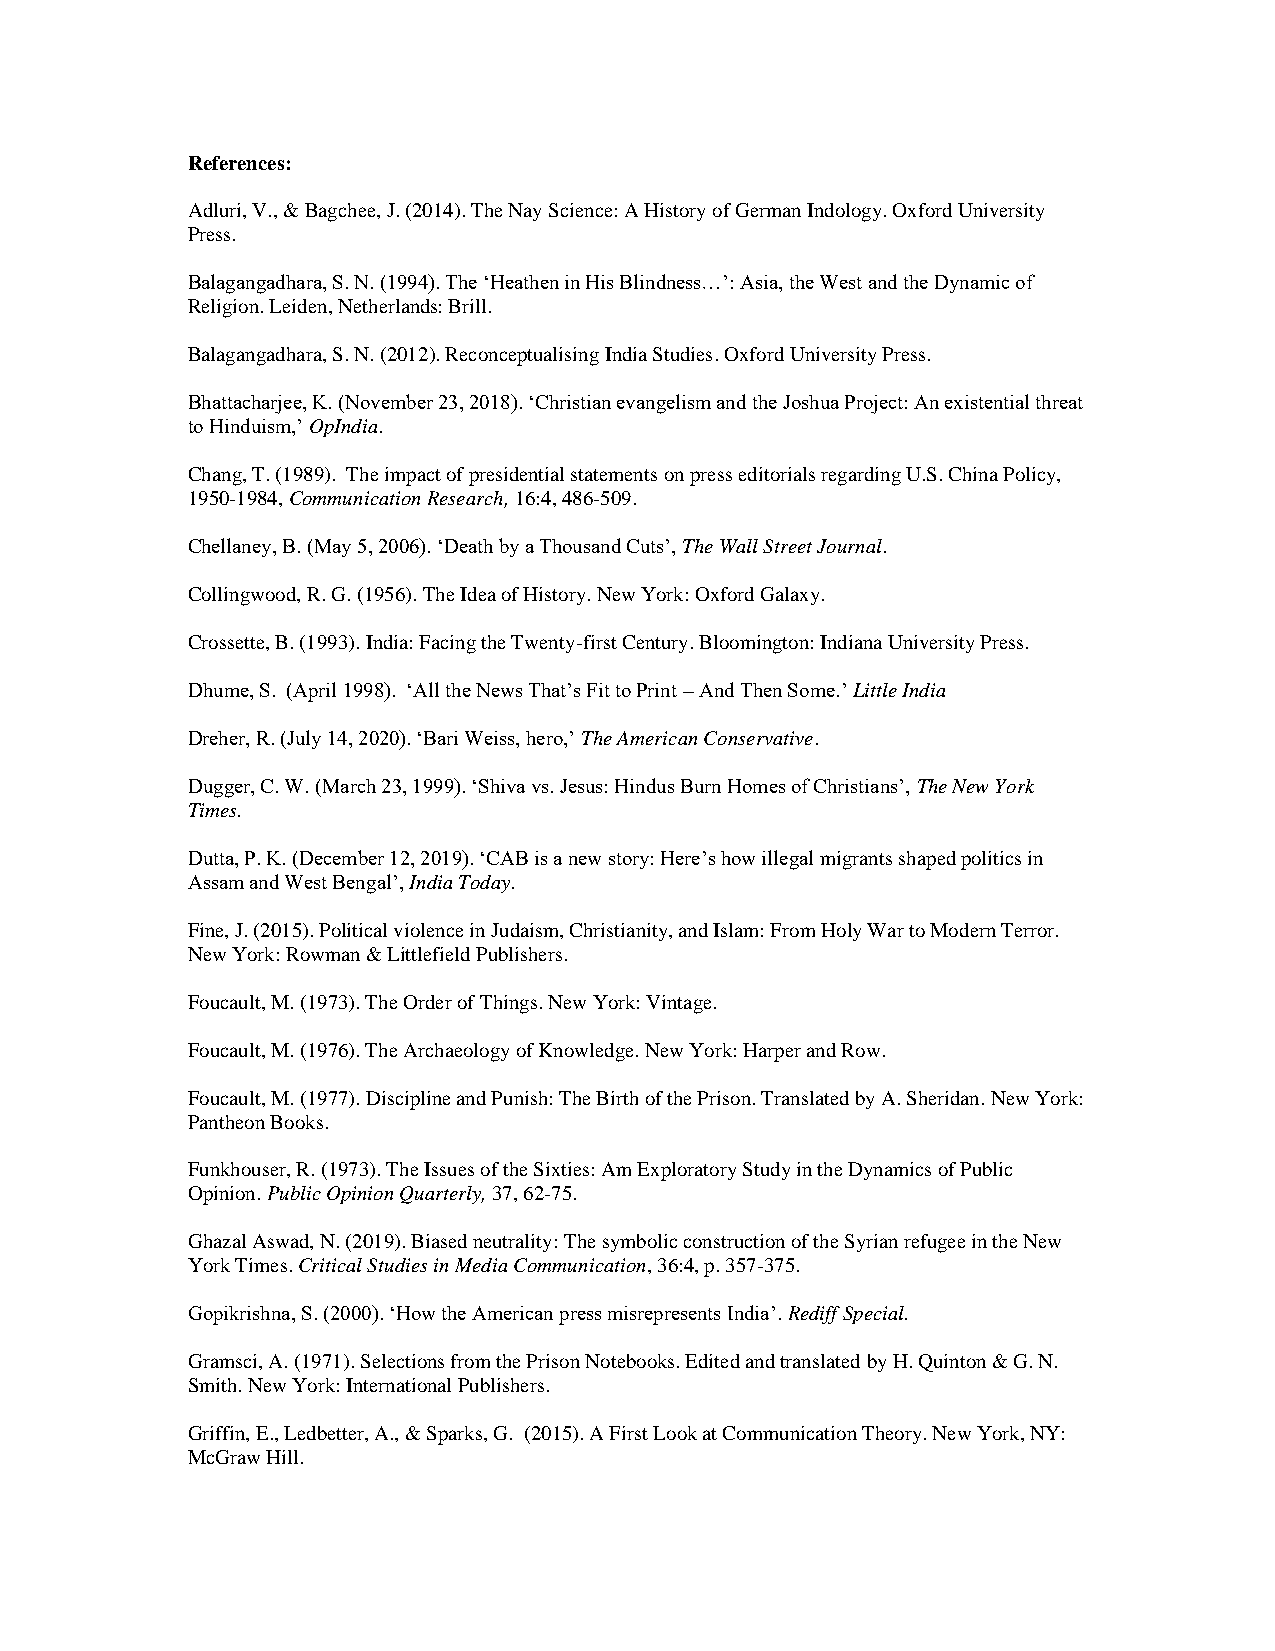
References:
 Adluri, V., & Bagchee, J. (2014). The Nay Science: A History of German Indology. Oxford University
 Press.
 Balagangadhara, S. N. (1994). The ‘Heathen in His Blindness…’: Asia, the West and the Dynamic of
 Religion. Leiden, Netherlands: Brill.
 Balagangadhara, S. N. (2012). Reconceptualising India Studies. Oxford University Press.
 Bhattacharjee, K. (November 23, 2018). ‘Christian evangelism and the Joshua Project: An existential threat
 to Hinduism,’ OpIndia.
 Chang, T. (1989). The impact of presidential statements on press editorials regarding U.S. China Policy,
 1950-1984, Communication Research, 16:4, 486-509.
 Chellaney, B. (May 5, 2006). ‘Death by a Thousand Cuts’, The Wall Street Journal.
 Collingwood, R. G. (1956). The Idea of History. New York: Oxford Galaxy.
 Crossette, B. (1993). India: Facing the Twenty-first Century. Bloomington: Indiana University Press.
 Dhume, S. (April 1998). ‘All the News That’s Fit to Print – And Then Some.’ Little India
 Dreher, R. (July 14, 2020). ‘Bari Weiss, hero,’ The American Conservative.
 Dugger, C. W. (March 23, 1999). ‘Shiva vs. Jesus: Hindus Burn Homes of Christians’, The New York
 Times.
 Dutta, P. K. (December 12, 2019). ‘CAB is a new story: Here’s how illegal migrants shaped politics in
 Assam and West Bengal’, India Today.
 Fine, J. (2015). Political violence in Judaism, Christianity, and Islam: From Holy War to Modern Terror.
 New York: Rowman & Littlefield Publishers.
 Foucault, M. (1973). The Order of Things. New York: Vintage.
 Foucault, M. (1976). The Archaeology of Knowledge. New York: Harper and Row.
 Foucault, M. (1977). Discipline and Punish: The Birth of the Prison. Translated by A. Sheridan. New York:
 Pantheon Books.
 Funkhouser, R. (1973). The Issues of the Sixties: Am Exploratory Study in the Dynamics of Public
 Opinion. Public Opinion Quarterly, 37, 62-75.
 Ghazal Aswad, N. (2019). Biased neutrality: The symbolic construction of the Syrian refugee in the New
 York Times. Critical Studies in Media Communication, 36:4, p. 357-375.
 Gopikrishna, S. (2000). ‘How the American press misrepresents India’. Rediff Special.
 Gramsci, A. (1971). Selections from the Prison Notebooks. Edited and translated by H. Quinton & G. N.
 Smith. New York: International Publishers.
 Griffin, E., Ledbetter, A., & Sparks, G. (2015). A First Look at Communication Theory. New York, NY:
 McGraw Hill.